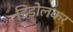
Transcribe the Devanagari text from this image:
डिडोलकर